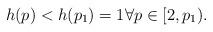
LaTeX: \begin{align*} h(p)<h(p_1)=1 \forall p \in [2, p_1).\end{align*}